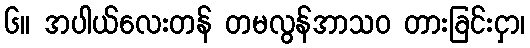
၆။ အပါယ်လေးတန် တမလွန်အာသဝ တားခြင်းငှာ၊